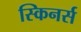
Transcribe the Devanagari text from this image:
स्किनर्स